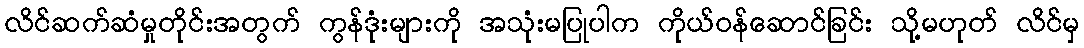
လိင်ဆက်ဆံမှုတိုင်းအတွက် ကွန်ဒုံးများကို အသုံးမပြုပါက ကိုယ်ဝန်ဆောင်ခြင်း သို့မဟုတ် လိင်မှ